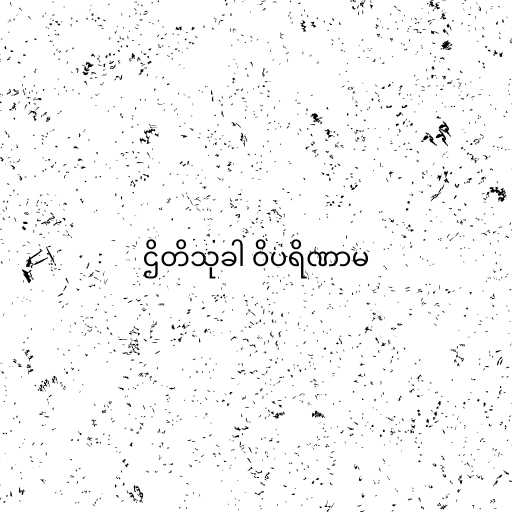
ဌိတိသုခါ ဝိပရိဏာမ